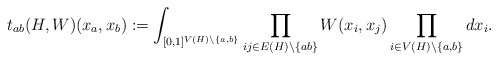
\begin{align*} t_{ab}(H, W)(x_a, x_b) := \int_{[0,1]^{V(H)\setminus\{a,b\}}}\prod_{ij \in E(H) \setminus\{ab\}} W(x_i, x_j) \prod_{i \in V(H) \setminus\{a,b\}} dx_i.\end{align*}